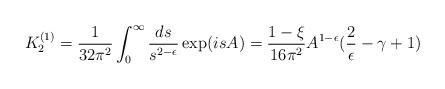
LaTeX: \begin{align*}K^{(1)}_2=\frac{1}{32\pi^2}\int_0^{\infty}\frac{ds}{s^{2-\epsilon}}\exp(isA)=\frac{1-\xi}{16\pi^2}A^{1-\epsilon}(\frac{2}{\epsilon}-\gamma+1)\end{align*}